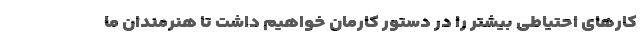
کارهای احتیاطی بیشتر را در دستور کارمان خواهیم داشت تا هنرمندان ما